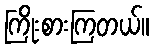
ကြိုးစားကြတယ်။